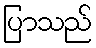
ပြာသည်